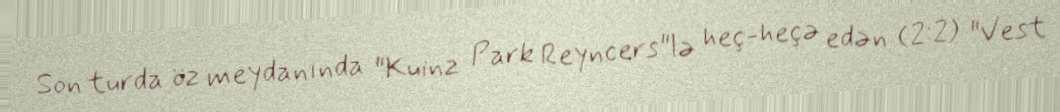
Son turda öz meydanında "Kuinz Park Reyncers"lə heç-heçə edən (2:2) "Vest